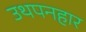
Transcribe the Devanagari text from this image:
उथपनहार